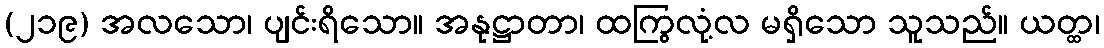
(၂၁၉) အလသော၊ ပျင်းရိသော။ အနုဋ္ဌာတာ၊ ထကြွလုံ့လ မရှိသော သူသည်။ ယတ္ထ၊